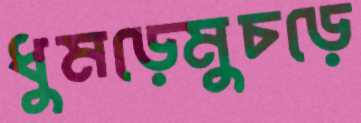
ধুমড়েমুচড়ে